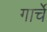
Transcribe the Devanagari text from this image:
गार्चे